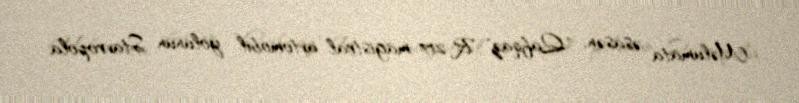
Məlumata əsasən, "Qafqaz" R-217 magistral avtomobil yolunun Stavropola